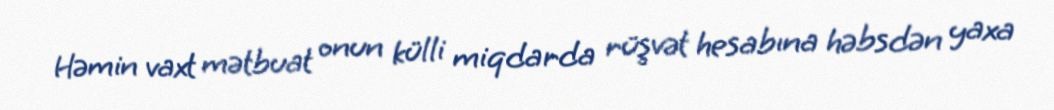
Həmin vaxt mətbuat onun külli miqdarda rüşvət hesabına həbsdən yaxa